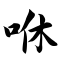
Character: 咻